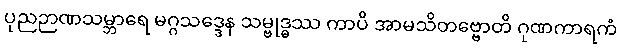
ပုညဉာဏသမ္ဘာရေ မဂ္ဂသဒ္ဒေန သမ္ဗုဒ္ဓဿ ကာပိ အာမသိတဗ္ဗောတိ ဂုဏကာရကံ